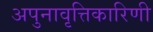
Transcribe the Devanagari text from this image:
अपुनावृत्तिकारिणी